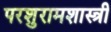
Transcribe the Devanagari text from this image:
परशुरामशास्त्री